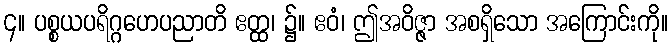
၄။ ပစ္စယပရိဂ္ဂဟေပညာတိ ဧတ္ထ၊ ၌။ ဧဝံ၊ ဤအဝိဇ္ဇာ အစရှိသော အကြောင်းကို။